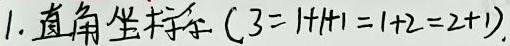
1. 直角坐标系 ($3 = 1 + 1 + 1 = 1 + 2 = 2 + 1$).